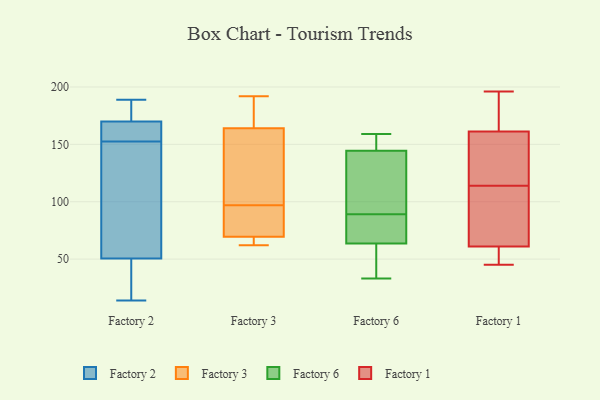
{"axis": {"x": "Gross Profit (USD K)", "y": "Value"}, "legend": ["Factory 1", "Factory 2", "Factory 3", "Factory 6"], "data": [{"x": "", "y": 48, "type": "Factory 2"}, {"x": "", "y": 182, "type": "Factory 2"}, {"x": "", "y": 33, "type": "Factory 2"}, {"x": "", "y": 189, "type": "Factory 2"}, {"x": "", "y": 142, "type": "Factory 2"}, {"x": "", "y": 173, "type": "Factory 2"}, {"x": "", "y": 14, "type": "Factory 2"}, {"x": "", "y": 63, "type": "Factory 2"}, {"x": "", "y": 53, "type": "Factory 2"}, {"x": "", "y": 163, "type": "Factory 2"}, {"x": "", "y": 164, "type": "Factory 2"}, {"x": "", "y": 167, "type": "Factory 2"}, {"x": "", "y": 192, "type": "Factory 3"}, {"x": "", "y": 89, "type": "Factory 3"}, {"x": "", "y": 63, "type": "Factory 3"}, {"x": "", "y": 62, "type": "Factory 3"}, {"x": "", "y": 62, "type": "Factory 3"}, {"x": "", "y": 179, "type": "Factory 3"}, {"x": "", "y": 89, "type": "Factory 3"}, {"x": "", "y": 180, "type": "Factory 3"}, {"x": "", "y": 119, "type": "Factory 3"}, {"x": "", "y": 97, "type": "Factory 3"}, {"x": "", "y": 113, "type": "Factory 3"}, {"x": "", "y": 159, "type": "Factory 6"}, {"x": "", "y": 85, "type": "Factory 6"}, {"x": "", "y": 89, "type": "Factory 6"}, {"x": "", "y": 137, "type": "Factory 6"}, {"x": "", "y": 149, "type": "Factory 6"}, {"x": "", "y": 94, "type": "Factory 6"}, {"x": "", "y": 147, "type": "Factory 6"}, {"x": "", "y": 33, "type": "Factory 6"}, {"x": "", "y": 71, "type": "Factory 6"}, {"x": "", "y": 61, "type": "Factory 6"}, {"x": "", "y": 61, "type": "Factory 6"}, {"x": "", "y": 84, "type": "Factory 1"}, {"x": "", "y": 48, "type": "Factory 1"}, {"x": "", "y": 59, "type": "Factory 1"}, {"x": "", "y": 180, "type": "Factory 1"}, {"x": "", "y": 112, "type": "Factory 1"}, {"x": "", "y": 141, "type": "Factory 1"}, {"x": "", "y": 79, "type": "Factory 1"}, {"x": "", "y": 45, "type": "Factory 1"}, {"x": "", "y": 196, "type": "Factory 1"}, {"x": "", "y": 178, "type": "Factory 1"}, {"x": "", "y": 174, "type": "Factory 1"}, {"x": "", "y": 67, "type": "Factory 1"}, {"x": "", "y": 50, "type": "Factory 1"}, {"x": "", "y": 114, "type": "Factory 1"}, {"x": "", "y": 51, "type": "Factory 1"}, {"x": "", "y": 132, "type": "Factory 1"}, {"x": "", "y": 166, "type": "Factory 1"}, {"x": "", "y": 144, "type": "Factory 1"}, {"x": "", "y": 147, "type": "Factory 1"}]}